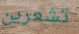
تشعرين